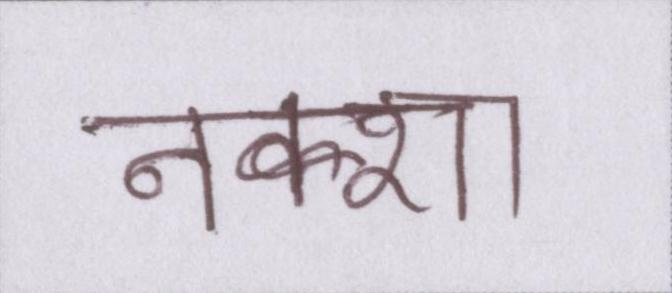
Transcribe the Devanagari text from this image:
नक्शा